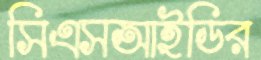
সিএসআইডির